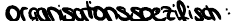
organisationsspezifisch: